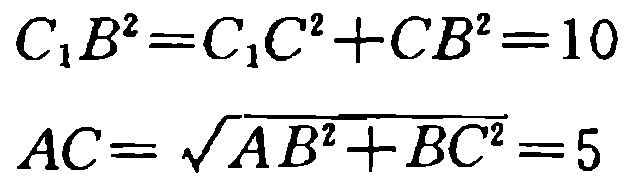
\[

C_{1}B^{2}=C_{1}C^{2}+CB^{2}=10

\]

\[

AC = \sqrt{AB^{2}+BC^{2}} = 5

\]